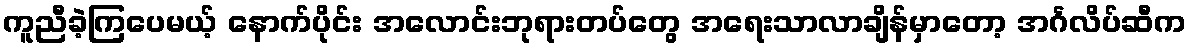
ကူညီခဲ့ကြပေမယ့် နောက်ပိုင်း အလောင်းဘုရားတပ်တွေ အရေးသာလာချိန်မှာတော့ အင်္ဂလိပ်ဆီက